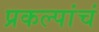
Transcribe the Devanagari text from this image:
प्रकल्पांचं